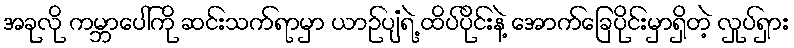
အခုလို ကမ္ဘာပေါ်ကို ဆင်းသက်ရာမှာ ယာဉ်ပျံရဲ့ ထိပ်ပိုင်းနဲ့ အောက်ခြေပိုင်းမှာရှိတဲ့ လှုပ်ရှား